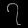
Digit: ၇